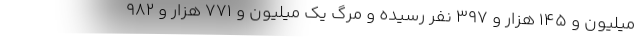
میلیون و ۱۴۵ هزار و ۳۹۷ نفر رسیده و مرگ یک میلیون و ۷۷۱ هزار و ۹۸۲